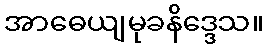
အာဓေယျမုခနိဒ္ဒေသ။